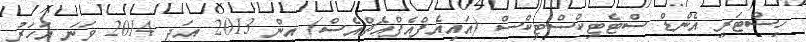
ހިސްޓަރީ އެންޑް ސްޓެޓިކްސްޓިކްސް (އައިއެފްއެފްއެޗްއެސް) އިން 2013 އަދި 2014 ވަނަ އަހަރު